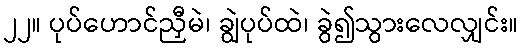
၂၂။ ပုပ်ဟောင်ညှီမဲ၊ ချွဲပုပ်ထဲ၊ ခွဲ၍သွားလေလျှင်း။